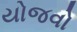
યોજવો